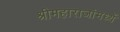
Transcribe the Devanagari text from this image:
श्रीमहाराजांमध्यें